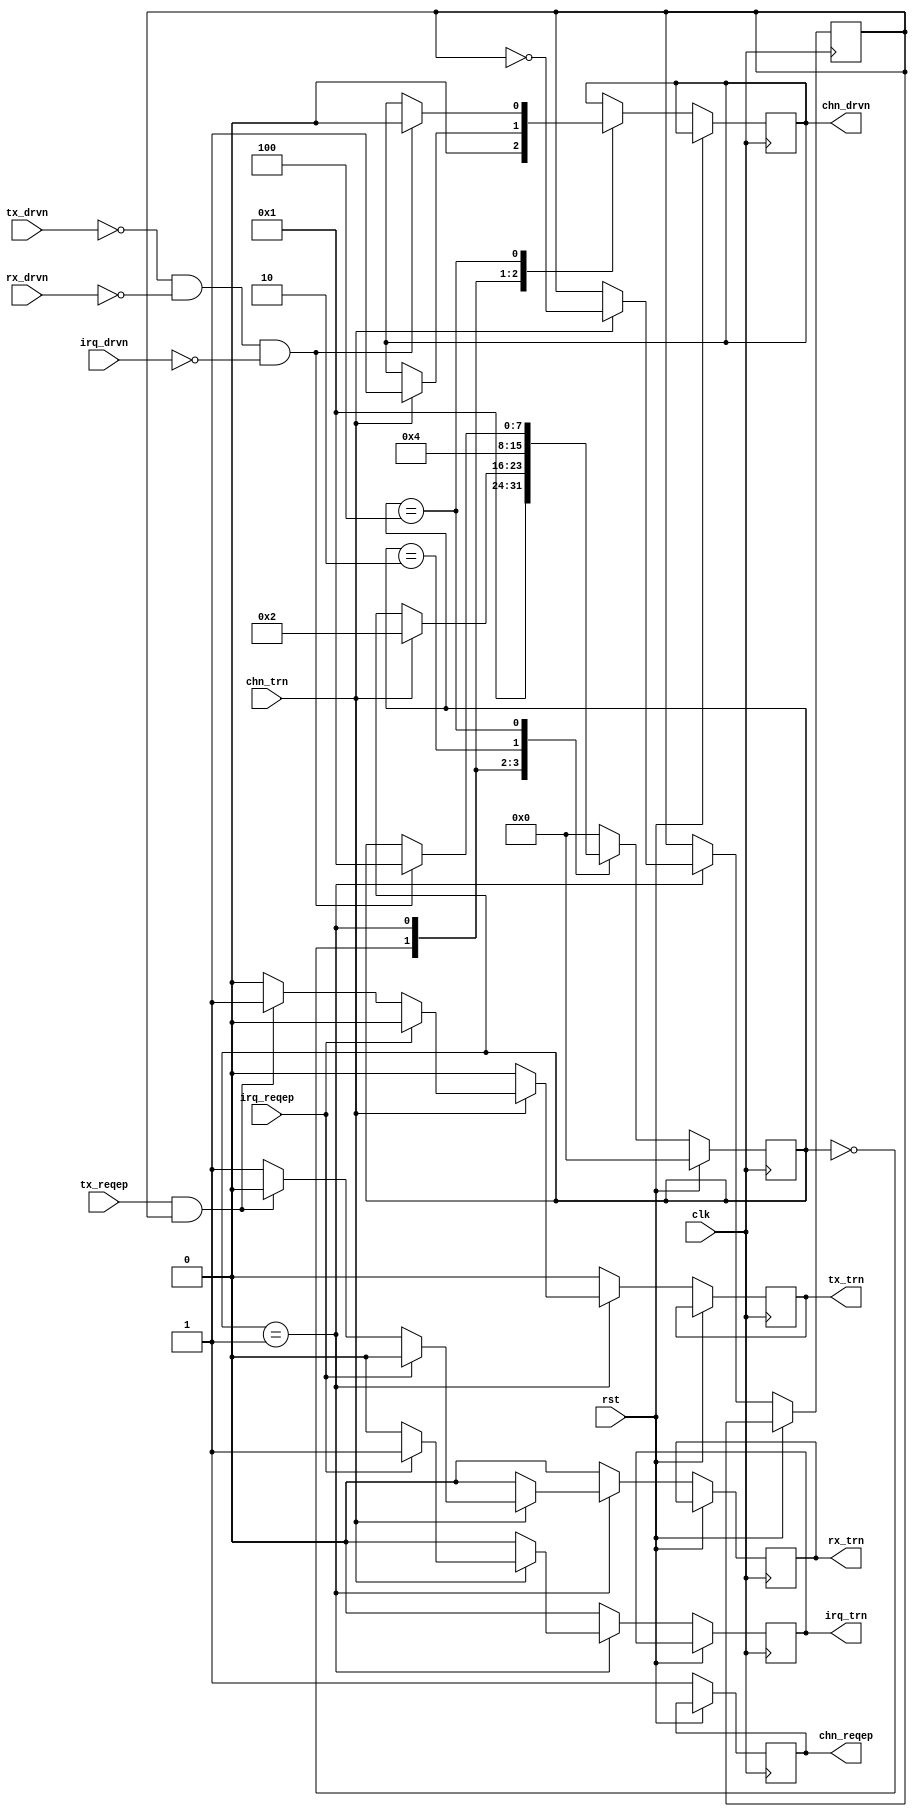
/*******************************************************************************
*
*  NetFPGA-10G http://www.netfpga.org
*
*  File:
*        arb.v
*
*  Project:
*
*
*  Author:
*        Marco Forconesi
*
*  Description:
*        Arbitrates access to PCIe endpoint between subsystems.
*
*
*    This code is initially developed for the Network-as-a-Service (NaaS) project.
*
*  Copyright notice:
*        Copyright (C) 2014 University of Cambridge
*
*  Licence:
*        This file is part of the NetFPGA 10G development base package.
*
*        This file is free code: you can redistribute it and/or modify it under
*        the terms of the GNU Lesser General Public License version 2.1 as
*        published by the Free Software Foundation.
*
*        This package is distributed in the hope that it will be useful, but
*        WITHOUT ANY WARRANTY; without even the implied warranty of
*        MERCHANTABILITY or FITNESS FOR A PARTICULAR PURPOSE.  See the GNU
*        Lesser General Public License for more details.
*
*        You should have received a copy of the GNU Lesser General Public
*        License along with the NetFPGA source package.  If not, see
*        http://www.gnu.org/licenses/.
*
*/

//////////////////////////////////////////////////////////////////////////////////////////////
//////////////////////////////////////////////////////////////////////////////////////////////
`timescale 1ns / 1ps
//`default_nettype none

module arb (

    input                    clk,
    input                    rst,

    // CHN trn
    input                    chn_trn,
    output reg               chn_drvn,
    output reg               chn_reqep,

    // ARB

    // Tx
    output reg               tx_trn,
    input                    tx_drvn,
    input                    tx_reqep,

    // Rx
    output reg               rx_trn,
    input                    rx_drvn,

    // IRQ
    output reg               irq_trn,
    input                    irq_drvn,
    input                    irq_reqep
    );

    // localparam
    localparam s0 = 8'b00000000;
    localparam s1 = 8'b00000001;
    localparam s2 = 8'b00000010;
    localparam s3 = 8'b00000100;
    localparam s4 = 8'b00001000;
    localparam s5 = 8'b00010000;
    localparam s6 = 8'b00100000;
    localparam s7 = 8'b01000000;
    localparam s8 = 8'b10000000;

    //-------------------------------------------------------
    // Local ARB
    //-------------------------------------------------------   
    reg          [7:0]       arb_fsm;
    reg                      turn_bit;

    ////////////////////////////////////////////////
    // ARB
    ////////////////////////////////////////////////
    always @(posedge clk) begin

        if (rst) begin  // rst
            arb_fsm <= s0;
        end
        
        else begin  // not rst

            chn_reqep <= 1'b1;
            tx_trn <= 1'b0;
            rx_trn <= 1'b0;
            irq_trn <= 1'b0;

            case (arb_fsm)

                s0 : begin
                    chn_drvn <= 1'b0;
                    arb_fsm <= s1;
                end

                s1 : begin
                    if (chn_trn) begin
                        chn_drvn <= 1'b1;
                        if (irq_reqep) begin
                            irq_trn <= 1'b1;
                        end
                        else if (tx_reqep && turn_bit) begin
                            tx_trn <= 1'b1;
                        end
                        else begin
                            rx_trn <= 1'b1;
                        end
                        turn_bit <= ~turn_bit;
                        arb_fsm <= s2;
                    end
                end

                s2 : arb_fsm <= s3;

                s3 : begin
                    if ((!tx_drvn) && (!rx_drvn) && (!irq_drvn)) begin
                        chn_drvn <= 1'b0;
                        arb_fsm <= s1;
                    end
                end

                default : begin 
                    arb_fsm <= s0;
                end

            endcase
        end     // not rst
    end  //always

endmodule // arb

//////////////////////////////////////////////////////////////////////////////////////////////
//////////////////////////////////////////////////////////////////////////////////////////////